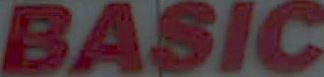
BASIC